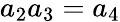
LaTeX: a_{2}a_{3}=a_{4}